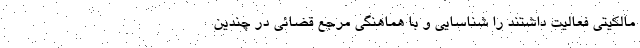
مالکیتی فعالیت داشتند را شناسایی و با هماهنگی مرجع قضائی در چندین